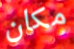
مكان